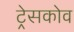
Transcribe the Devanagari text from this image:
ट्रेसकोव